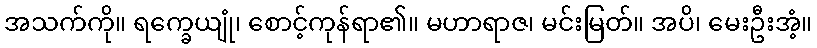
အသက်ကို။ ရက္ခေယျုံ၊ စောင့်ကုန်ရာ၏။ မဟာရာဇ၊ မင်းမြတ်။ အပိ၊ မေးဦးအံ့။